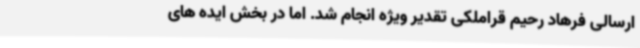
ارسالی فرهاد رحیم قراملکی تقدیر ویژه انجام شد. اما در بخش ایده های